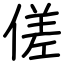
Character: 傞